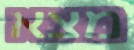
מצא